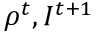
\rho ^ { t } , I ^ { t + 1 }